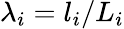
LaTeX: \lambda_{i}=l_{i}/L_{i}